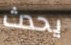
يحدث